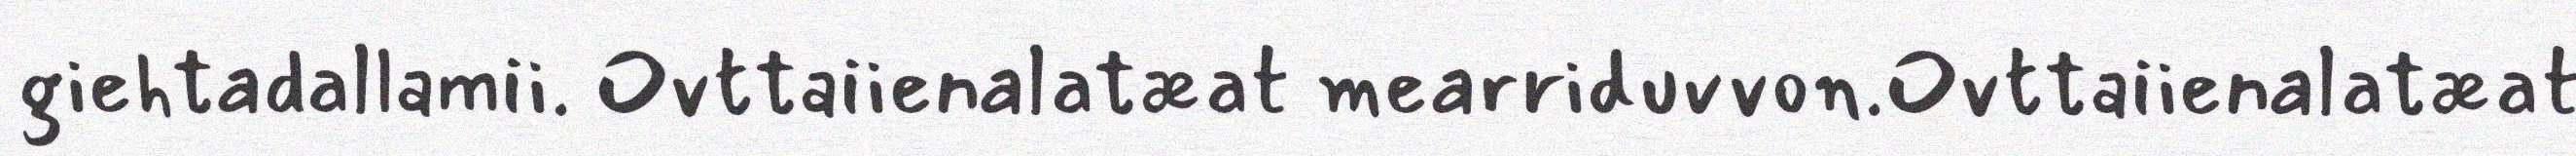
giehtadallamii. Ovttaiienalatæat mearriduvvon.Ovttaiienalatæat